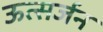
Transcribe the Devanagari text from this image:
ऊत्सर्जन